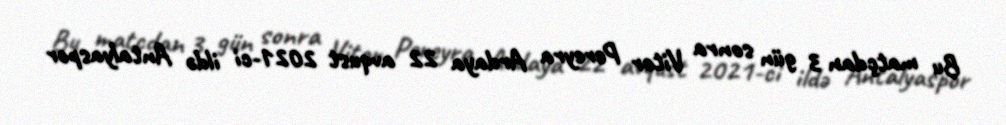
Bu matçdan 3 gün sonra Vitor Pereyra Ardaya 22 avqust 2021-ci ildə Antalyaspor